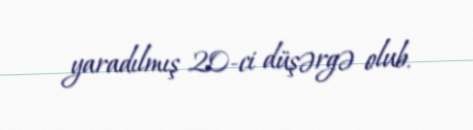
yaradılmış 20-ci düşərgə olub.